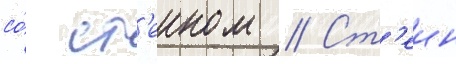
со́ ст'еином // Ст'еин